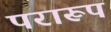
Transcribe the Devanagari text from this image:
परारूप